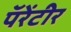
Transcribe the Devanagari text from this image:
पॅरेंटीर